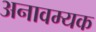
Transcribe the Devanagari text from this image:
अनावम्यक